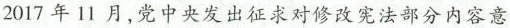
2017年11月，党中央发出征求对修改宪法部分内容意